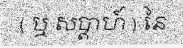
( ឬ សប្តាហ៍ ) នៃ